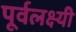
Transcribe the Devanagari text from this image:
पूर्वलक्ष्यी